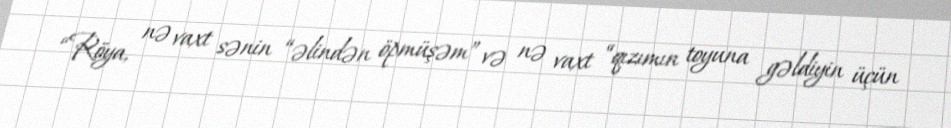
“Röya, nə vaxt sənin “əlindən öpmüşəm” və nə vaxt “qızımın toyuna gəldiyin üçün